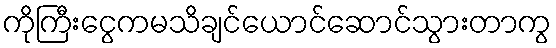
ကိုကြီးငွေကမသိချင်ယောင်ဆောင်သွားတာကွ